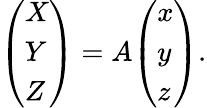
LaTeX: {\left(\begin{array}{l}{X}\\ {Y}\\ {Z}\end{array}\right)}=A{\left(\begin{array}{l}{x}\\ {y}\\ {z}\end{array}\right)}.